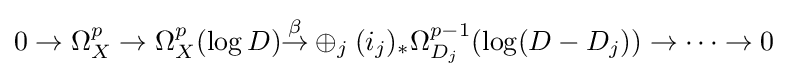
0\to \Omega _{X}^{p}\to \Omega _{X}^{p}(\log D){\overset {\beta }{\to }}\oplus _{j}({i_{j}})_{*}\Omega _{D_{j}}^{p-1}(\log(D-D_{j}))\to \cdots \to 0